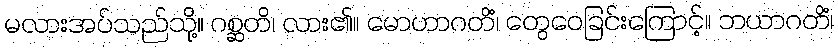
မလားအပ်သည်သို့။ ဂစ္ဆတိ၊ လား၏။ မောဟာဂတိံ၊ တွေဝေခြင်းကြောင့်။ ဘယာဂတိံ၊